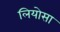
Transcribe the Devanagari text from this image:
लियोसा